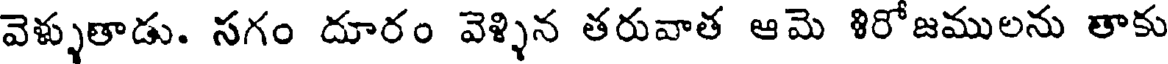
వెళ్ళుతాడు. సగం దూరం వెళ్ళిన తరువాత ఆమె శిరోజములను తాకు